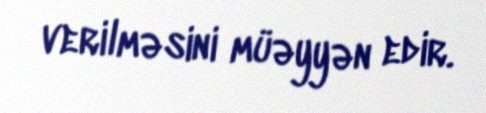
verilməsini müəyyən edir.